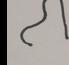
Signature authenticity: forged